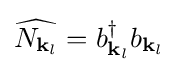
{\widehat {N_{{\mathbf {k} }_{l}}}}=b_{{\mathbf {k} }_{l}}^{\dagger }b_{{\mathbf {k} }_{l}}